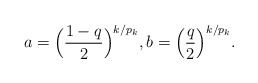
\begin{align*}a=\Big(\frac{1-q}{2}\Big)^{k/p_k}, b=\Big(\frac{q}{2}\Big)^{k/p_k}.\end{align*}